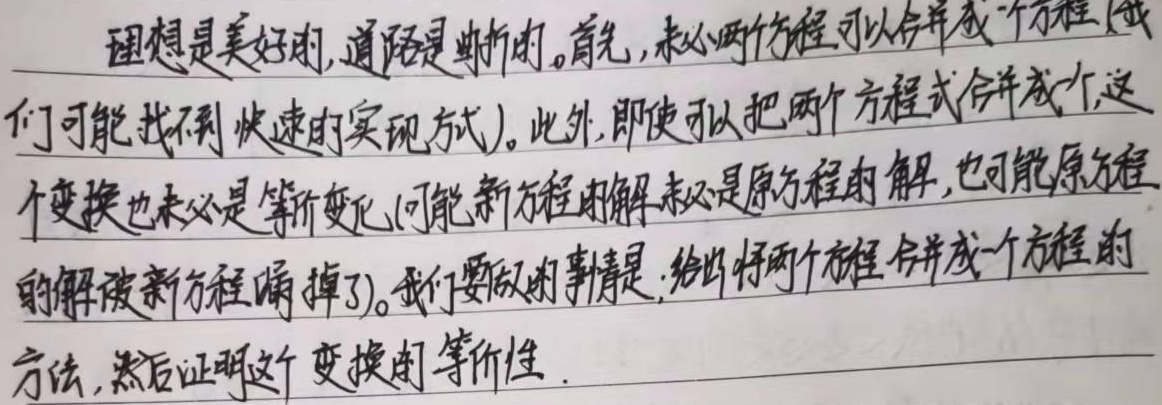
理想是美好的, 道路是曲折的。首先, 未必两个方程可以合并成一个方程(我们可能找不到快速的实现方式)。此外, 即使可以把两个方程式合并成一个, 这个变换也未必是等价变化(可能新方程的解未必是原方程的解, 也可能原方程的解被新方程漏掉了)。我们要做的事情是: 给出将两个方程合并成一个方程的方法, 然后证明这个变换的等价性。